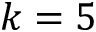
k = 5